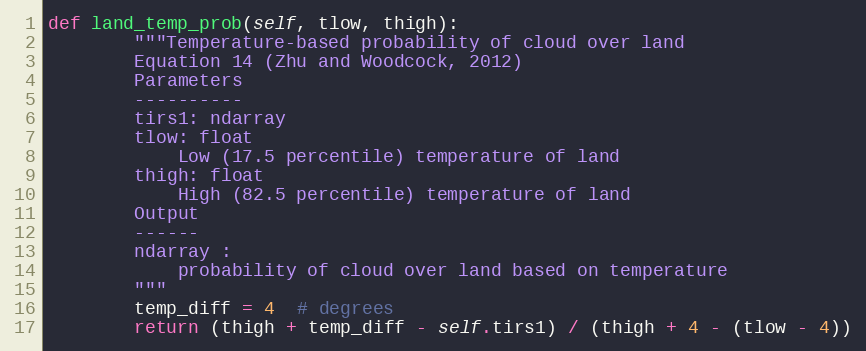
Language: Python
def land_temp_prob(self, tlow, thigh):
        """Temperature-based probability of cloud over land
        Equation 14 (Zhu and Woodcock, 2012)
        Parameters
        ----------
        tirs1: ndarray
        tlow: float
            Low (17.5 percentile) temperature of land
        thigh: float
            High (82.5 percentile) temperature of land
        Output
        ------
        ndarray :
            probability of cloud over land based on temperature
        """
        temp_diff = 4  # degrees
        return (thigh + temp_diff - self.tirs1) / (thigh + 4 - (tlow - 4))